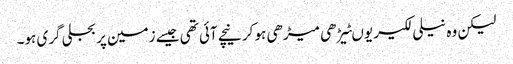
لیکن وہ نیلی لکیر یوںٹیڑھی میڑھی ہو کر نیچے آئی تھی جیسے زمین پر بجلی گری ہو۔